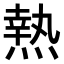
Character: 𤍠